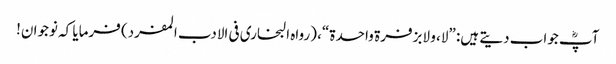
آپؓ جواب دیتے ہیں: ”لا، و لابزفرۃ واحدۃ“، (رواہ البخاری فی الادب المفرد) فرمایا کہ نوجوان!